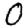
Digit: 0